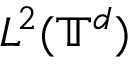
L ^ { 2 } ( \ensuremath { \mathbb { T } } ^ { d } )